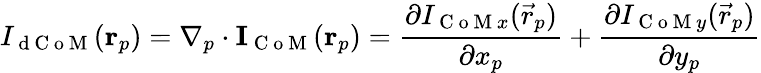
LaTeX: I_{\mathrm{~d~C~o~M~}}(\mathbf{r}_{p})=\nabla_{p}\cdot\mathbf{I}_{\mathrm{~C~o~M~}}(\mathbf{r}_{p})=\frac{\partial I_{\mathrm{~C~o~M~}x}(\vec{r}_{p})}{\partial x_{p}}+\frac{\partial I_{\mathrm{~C~o~M~}y}(\vec{r}_{p})}{\partial y_{p}}